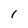
Character: 1